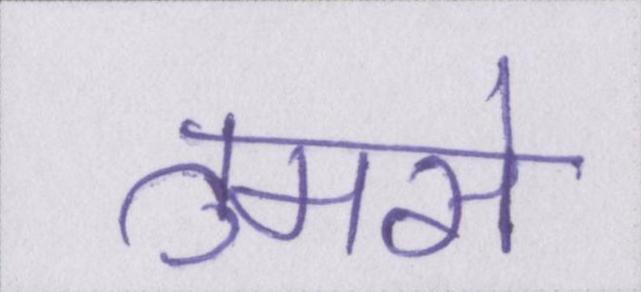
तुमसे